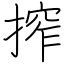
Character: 搾